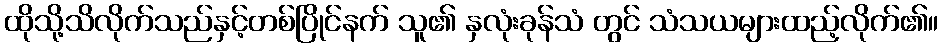
ထိုသို့သိလိုက်သည်နှင့်တစ်ပြိုင်နက် သူ၏ နှလုံးခုန်သံ တွင် သံသယများထည့်လိုက်၏။